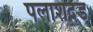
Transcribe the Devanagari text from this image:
पलाशदंड